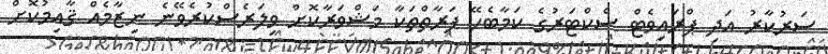
ސަރުކާރު އަދި ޕްރައިވެޓް ސެކްޓަރުގެ ކަމާބެހޭ ފަރާތްތަކާ މަޝްވަރާކޮށް ވިލަރެސްކުރެވޭނެ ނިޒާމެއް ޤާއިމުކޮށް